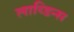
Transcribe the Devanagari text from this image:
लाय्डिन्स